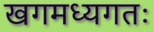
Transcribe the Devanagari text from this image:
खगमध्यगतः